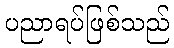
ပညာရပ်ဖြစ်သည်